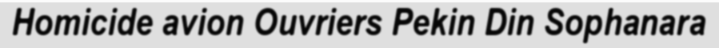
Homicide avion Ouvriers Pekin Din Sophanara